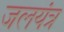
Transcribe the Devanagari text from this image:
जलयंत्र